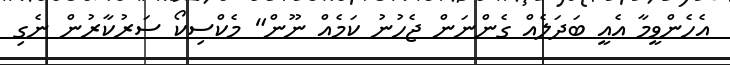
އެހެންވީމާ އެއީ ބަދަލެއް ގެންނަން ޖެހުނު ކަމެއް ނޫން" މެކްސިކޯ ސަރުކާރުން ނެގި